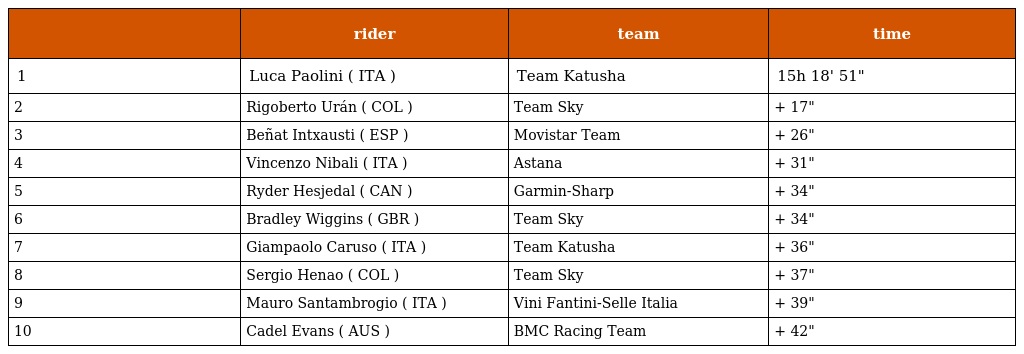
|  | rider | team | time |
 | --- | --- | --- | --- |
 | 1 | Luca Paolini ( ITA ) | Team Katusha | 15h 18' 51" |
 | 2 | Rigoberto Urán ( COL ) | Team Sky | + 17" |
 | 3 | Beñat Intxausti ( ESP ) | Movistar Team | + 26" |
 | 4 | Vincenzo Nibali ( ITA ) | Astana | + 31" |
 | 5 | Ryder Hesjedal ( CAN ) | Garmin-Sharp | + 34" |
 | 6 | Bradley Wiggins ( GBR ) | Team Sky | + 34" |
 | 7 | Giampaolo Caruso ( ITA ) | Team Katusha | + 36" |
 | 8 | Sergio Henao ( COL ) | Team Sky | + 37" |
 | 9 | Mauro Santambrogio ( ITA ) | Vini Fantini-Selle Italia | + 39" |
 | 10 | Cadel Evans ( AUS ) | BMC Racing Team | + 42" |